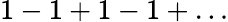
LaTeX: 1-1+1-1+\ldots